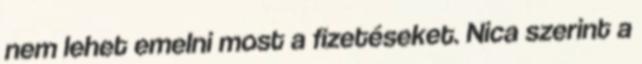
nem lehet emelni most a fizetéseket. Nica szerint a